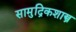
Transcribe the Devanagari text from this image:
सामुद्रिकशास्त्र